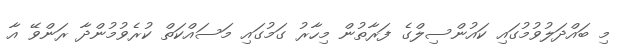
މި ބައްދަލުވުމުގައި ކައުންސިލްގެ ފަރާތުން މިހާރު ގަމުގައި މަސައްކަތް ކުރެވުމުންދާ ރަންވޭ އާ